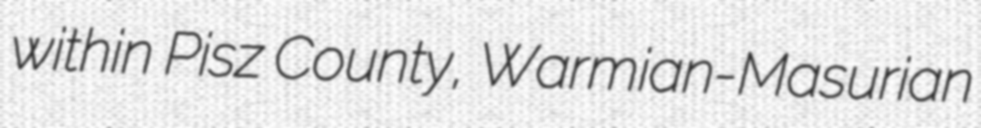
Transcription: within Pisz County, Warmian-Masurian